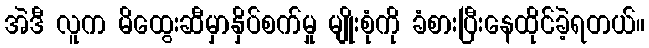
အဲဒီ လူက မိထွေးဆီမှာနှိပ်စက်မှု မျိုးစုံကို ခံစားပြီးနေထိုင်ခဲ့ရတယ်။